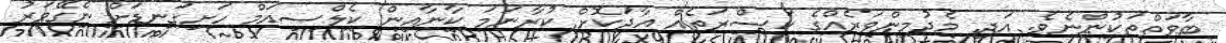
ބާވަތްތަކުންނެވެ. އަދި މެދުމިންވަރެއްގެ ކަސްރަތެއް އާދަކޮށް ކުރާނަމަ ކާނާއިން ކެލްސިއަމް ހަށިގަނޑަށް ނެގޭވަރު